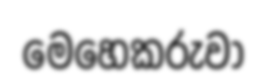
මෙහෙකරුවා